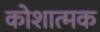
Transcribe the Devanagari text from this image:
कोशात्मक